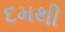
દમથી